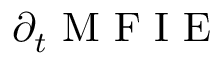
\partial _ { t } \mathrm { ~ M ~ F ~ I ~ E ~ }